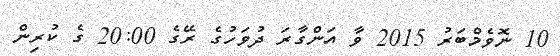
10 ނޮވެމްބަރު 2015 ވާ އަންގާރަ ދުވަހުގެ ރޭގެ 20:00 ގެ ކުރިން